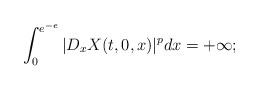
LaTeX: \begin{align*}\int_0^{e^{-e}}|D_xX(t,0,x)|^p dx=+\infty ;\end{align*}